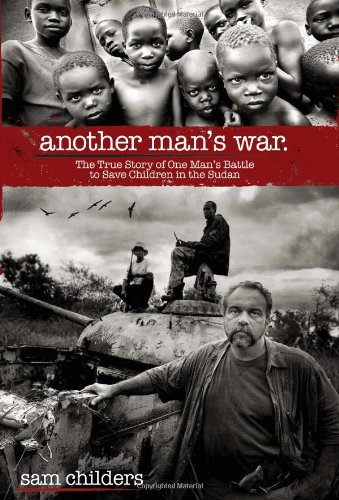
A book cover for Another Man's War: The True Story of One Man's Battle to Save Children in the Sudan; Sam Childers; History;